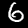
Digit: 6